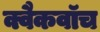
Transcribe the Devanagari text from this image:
क्वैकवॉच